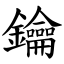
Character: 鑰